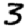
Digit: 3